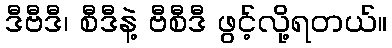
ဒီဗီဒီ၊ စီဒီနဲ့ ဗီစီဒီ ဖွင့်လို့ရတယ်။